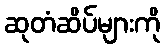
ဆုတံဆိပ်များကို